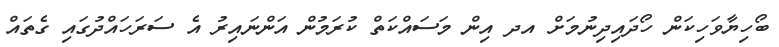
ބޯހިޔާވަހިކަން ހޯދައިދިނުމަށް އދ އިން މަސައްކަތް ކުރަމުން އަންނައިރު އެ ސަރަހައްދުގައި ގެތައް